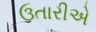
ઉતારીએ